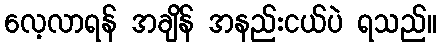
လေ့လာရန် အချိန် အနည်းငယ်ပဲ ရသည်။